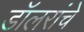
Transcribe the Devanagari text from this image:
डॉलरांचे